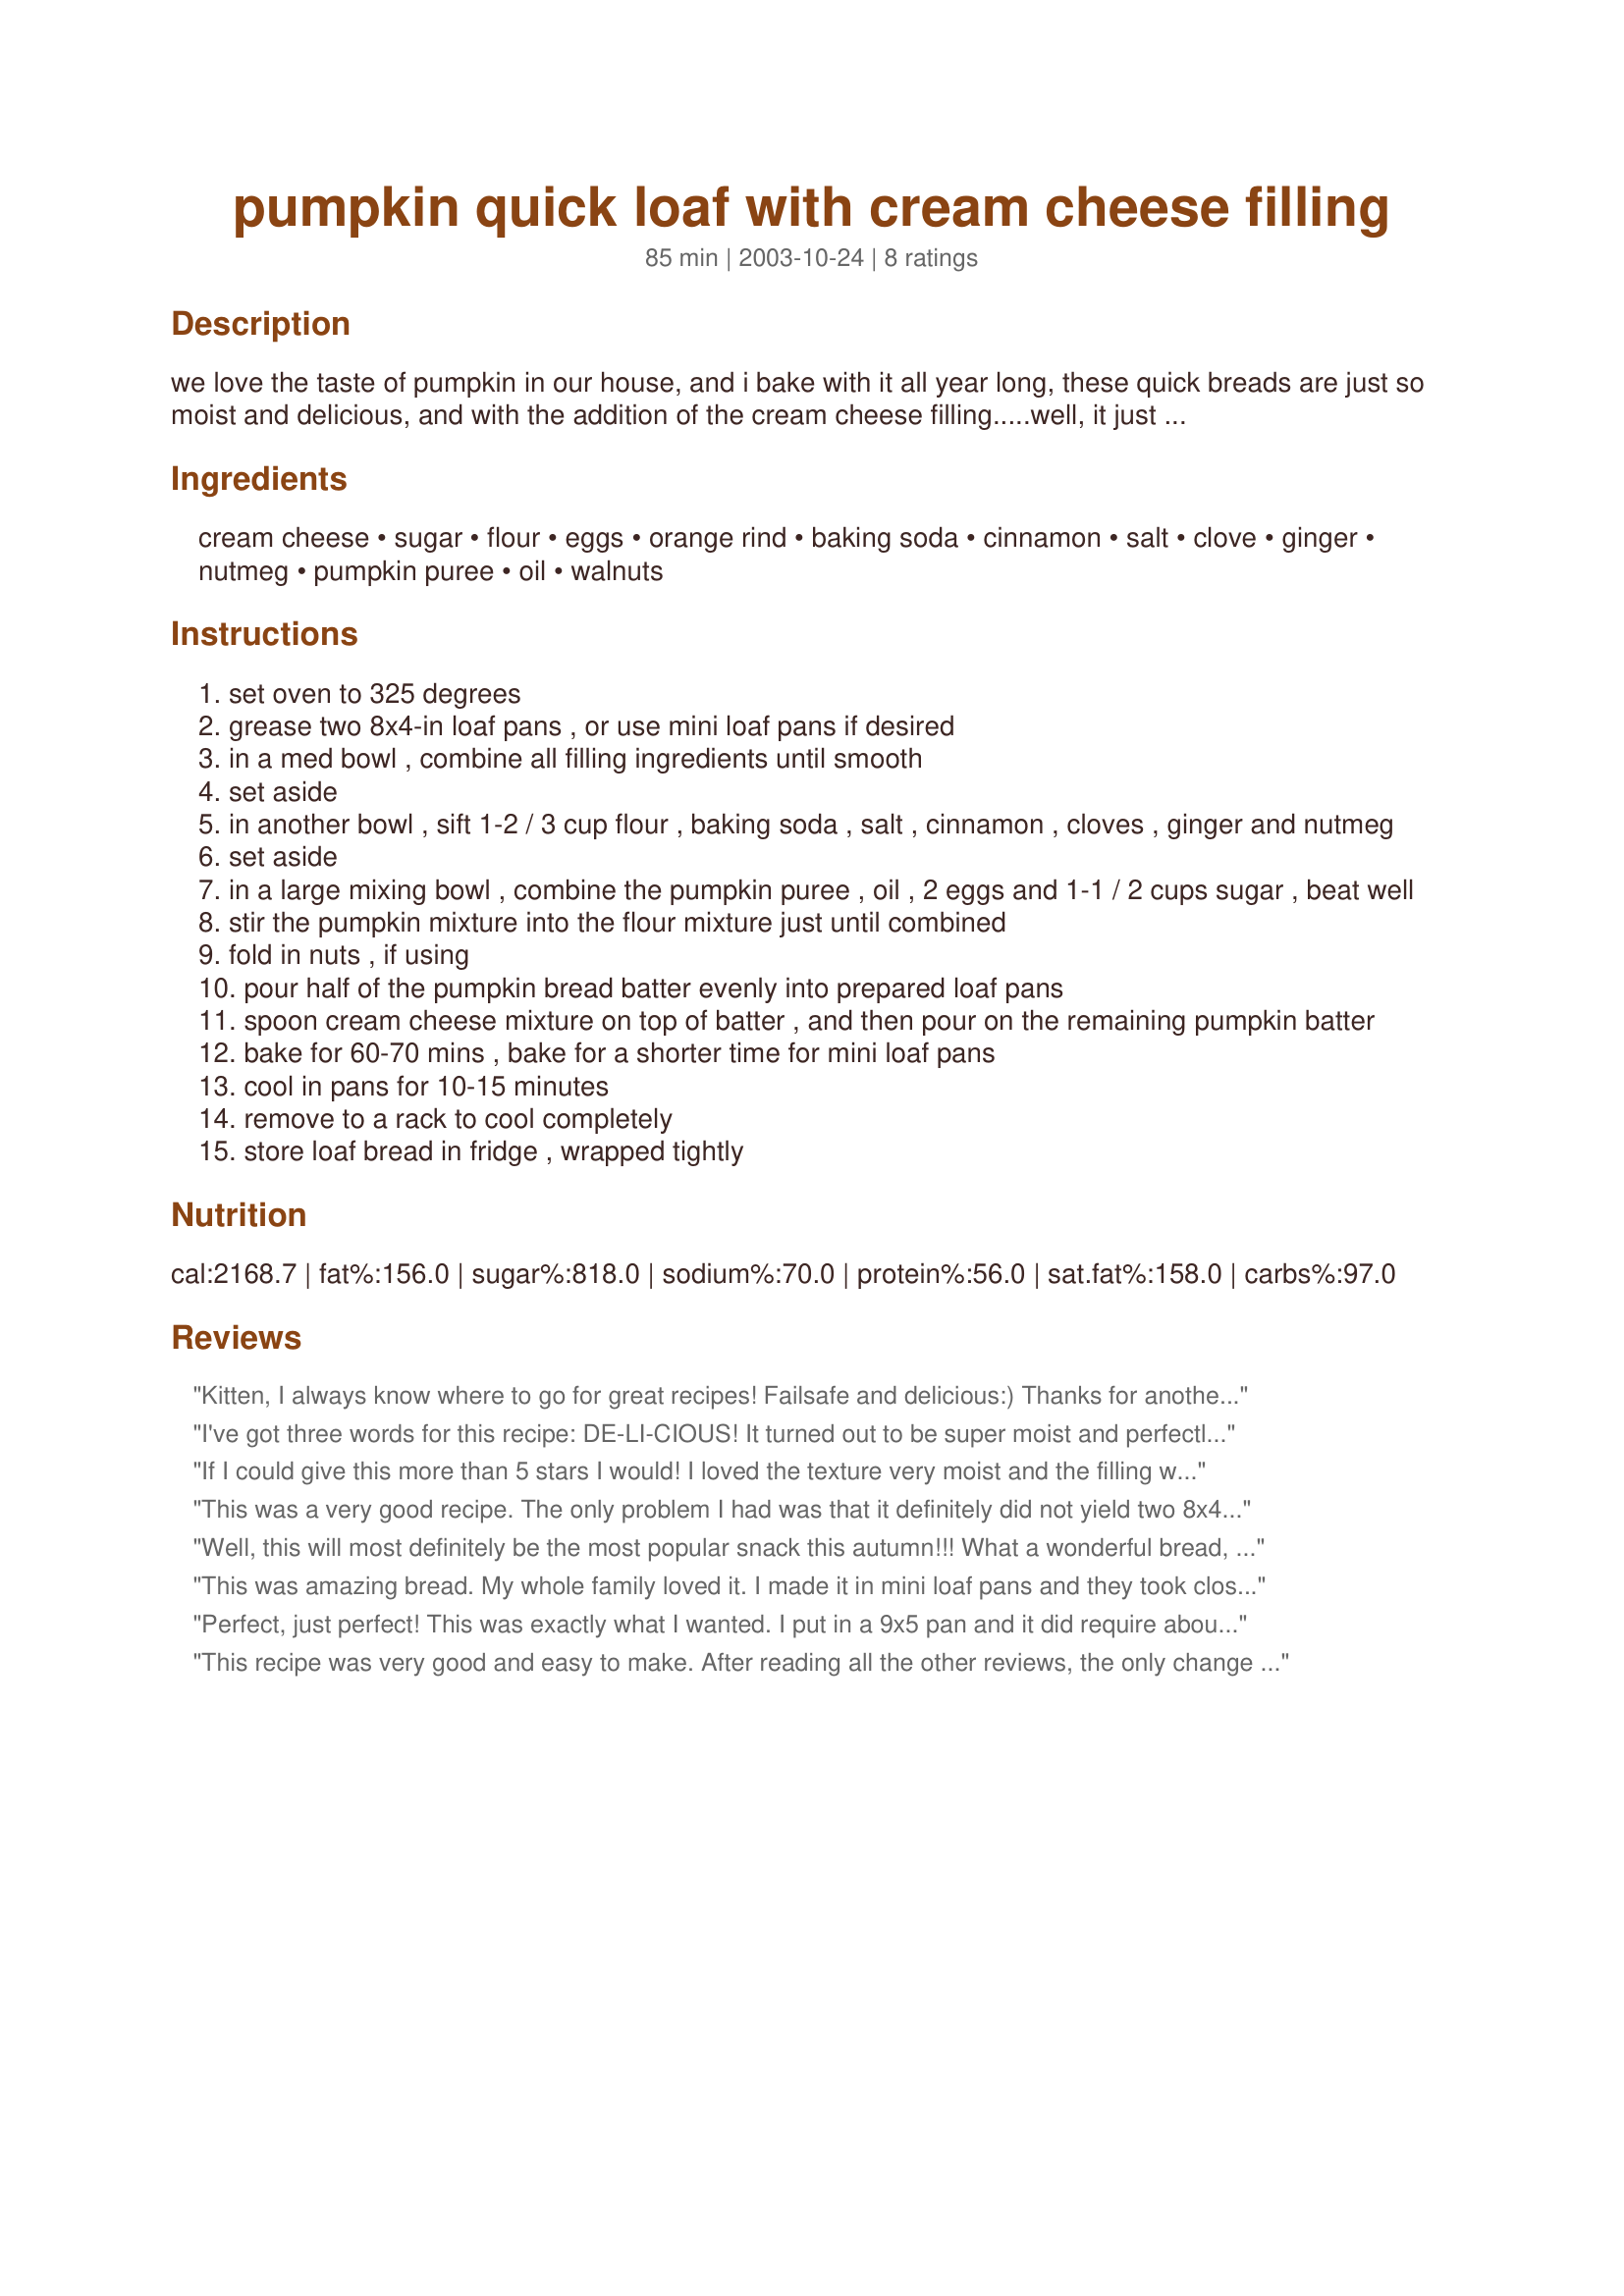
pumpkin quick loaf with cream cheese filling
Preparation time: 85 minutes

we love the taste of pumpkin in our house, and i bake with it all year long, these quick breads are just so moist and delicious, and with the addition of the cream cheese filling.....well, it just can't get any better!

Ingredients:
cream cheese, sugar, flour, eggs, orange rind, baking soda, cinnamon, salt, clove, ginger, nutmeg, pumpkin puree, oil, walnuts

Steps:
set oven to 325 degrees
grease two 8x4-in loaf pans , or use mini loaf pans if desired
in a med bowl , combine all filling ingredients until smooth
set aside
in another bowl , sift 1-2 / 3 cup flour , baking soda , salt , cinnamon , cloves , ginger and nutmeg
set aside
in a large mixing bowl , combine the pumpkin puree , oil , 2 eggs and 1-1 / 2 cups sugar , beat well
stir the pumpkin mixture into the flour mixture just until combined
fold in nuts , if using
pour half of the pumpkin bread batter evenly into prepared loaf pans
spoon cream cheese mixture on top of batter , and then pour on the remaining pumpkin batter
bake for 60-70 mins , bake for a shorter time for mini loaf pans
cool in pans for 10-15 minutes
remove to a rack to cool completely
store loaf bread in fridge , wrapped tightly

Reviews:
Kitten,
I always know where to go for great recipes! Failsafe and delicious:) Thanks for another winner dear!!
I've got three words for this recipe: DE-LI-CIOUS!

It turned out to be super moist and perfectly flavored! 

There was one major drawback - I could not tell from the directions whether or not the second layer of pumpkin mix should fully cover the cream cheese layer. As the recipe is written - there is not enough of the bread part to cover the filling. I had to make another half recipe of the pumpkin bread mix to try and cover the filling and even then I was not wholy successful...plus then I had to bake it an extra 15-20 minutes.
With that said, it was worth the trouble. Although clarification on that part could help the next person who attempts this recipe.

It's definitely worth the time and effort!
If I could give this more than 5 stars I would! I loved the texture very moist and the filling was wonderful. What a change from the typical pumpkin bread. I was looking for something to serve on Thanksgiving morning and this is it. I did not change a thing, I will make it in one 9" loaf pan for turkey day instead of two smaller pans so I will have one large loaf. Thank you for sharing this wonderful recipe. The house smelled wonderful while baking this.
This was a very good recipe. The only problem I had was that it definitely did not yield two 8x4 loaf pans. I got one. There just wasn't enough of the pumpkin bread part to place on the top of the second pan, and there was too much of the cream cheese filling for just one loaf pan. My one 8x4 overflowed a bit, but still tasted awesome after baking a lil' over 60 min in the oven. BTW, I did add the addition of walnuts. Thanks for posting Kit!
Well, this will most definitely be the most popular snack this autumn!!!
What a wonderful bread, and the thread of cream cheese filling really gives it a touch of elegance over the regular recipe.
Thank you so much for sharing - I know this will become a favorite of our family also.
This was amazing bread. My whole family loved it. I made it in mini loaf pans and they took close to the recommended to bake. I added chopped walnuts on the top before baking. It worked great. Thanks for the recipe. I will definately make again!
Perfect, just perfect! This was exactly what I wanted. I put in a 9x5 pan and it did require about 20 minutes more baking but it rose beautifully and did cook through. I loved the orange rind in the cream cheese and the crust was just the way I like it, crusty and not gummy. I didn't have the right spices on hand so I used 1/2 tsp. cinnamon and 1/2 tsp. pumpkin pie spice and it was just right. I took extra care with my cream cheese layer in spreading it evenly and I was rewarded by a perfect layer of cream cheese threaded through. Thanks so much, Kittencal, for another great recipe.
Roxygirl
This recipe was very good and easy to make. After reading all the other reviews, the only change I made was to make it in a tube pan. Because of the shape of the pan, I only put a third of the pumpkin mixture in the bottom, covered it with the cream cheese and then the rest of the pumpkin. Baked for 65 minutes and it worked perfectly.
